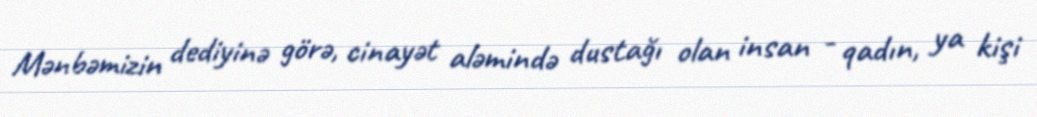
Mənbəmizin dediyinə görə, cinayət aləmində dustağı olan insan - qadın, ya kişi